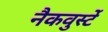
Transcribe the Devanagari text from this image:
नैकवुर्स्टे